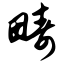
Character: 畴